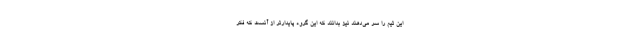
این تیم را سر می‌دهند نیز بدانند که این گروه پایدارتر از آنست که فکر